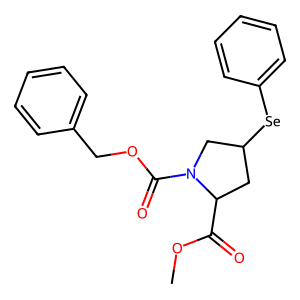
SMILES: COC(=O)C1CC([Se]c2ccccc2)CN1C(=O)OCc1ccccc1
Inhibits HIV replication: No